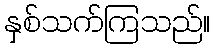
နှစ်သက်ကြသည်။